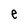
Character: e